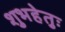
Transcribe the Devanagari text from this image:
शुभहेतुः